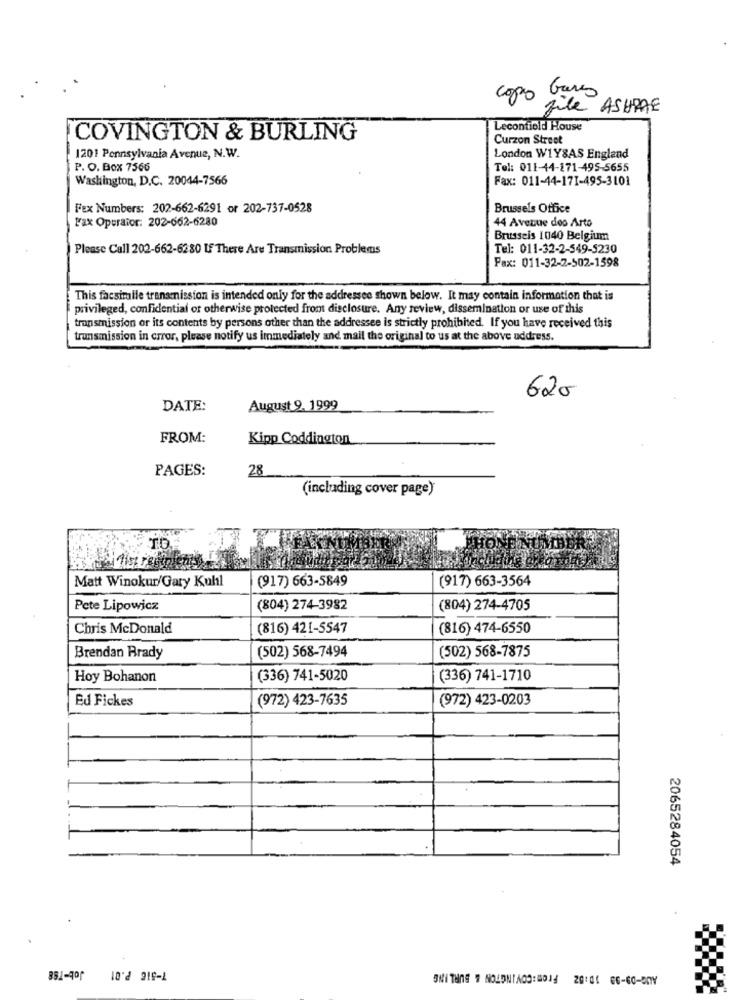
copo Gare
file ASHRAE
Leconfiold House
COVINGTON & BURLING
Curzon Street
1201 Pennsylvania Avenue, N.W.
London W1Y&AS England
P. O. Box 7566
Tel: 011-44-271-495-5655
Washington, D.C. 20044-7566
Fax: 011-44-171-495-3101
Fex Numbers: 202-662-6291 or 202-737-0528
Brussels Office
Fax Operaior: 202-662-6280
44 Avenue doo Arto
Brusseis 1040 Belgium
Please Call 202-662-6280 Lf There Are Transmission Problems
Tel: 011-32-2-549-5230
Fax: 011-32-2-502-1598
This facsiralle transmission is intended only for the addressee shown below. It may contain information that is
privileged, confidential or otherwise protected from disclosure. Any review, dissemination or use of this
transmission or its contents by persons other than the addressee is strictly prohibited. If you have received this
transmission in error, please notify us immediately and mail the original to us at the above address.
620
DATE:
August 9.1999
FROM:
Kipp Coddington
PAGES:
28
(including cover page)
TO
Matt Winokur/Gary Kuhl
(917) 663-5849
(917) 663-3564
Pete Lipowicz
(804) 274-3982
(804) 274-4705
Chris McDonald
(816) 421-5547
(816) 474-6550
(502) 568-7494
Brendan Brady
(502) 568-7875
Hoy Bohanon
(336) 741-5020
(336) 741-1710
Ed Fickes
(972) 423-7635
(972) 423-0203
2065284054
Job-TS8
SNI TUNE # NOLDNIADO: WO1 20:01 66-60-50Y